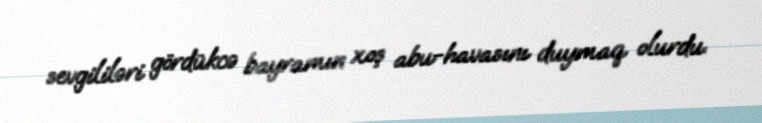
sevgililəri gördükcə bayramın xoş abu-havasını duymaq olurdu.